DOW-UAP-D49, Launch Summary, Vandenberg AFB, 2000
Agency: Department of War
Incident date: 2/3/00
Page 51
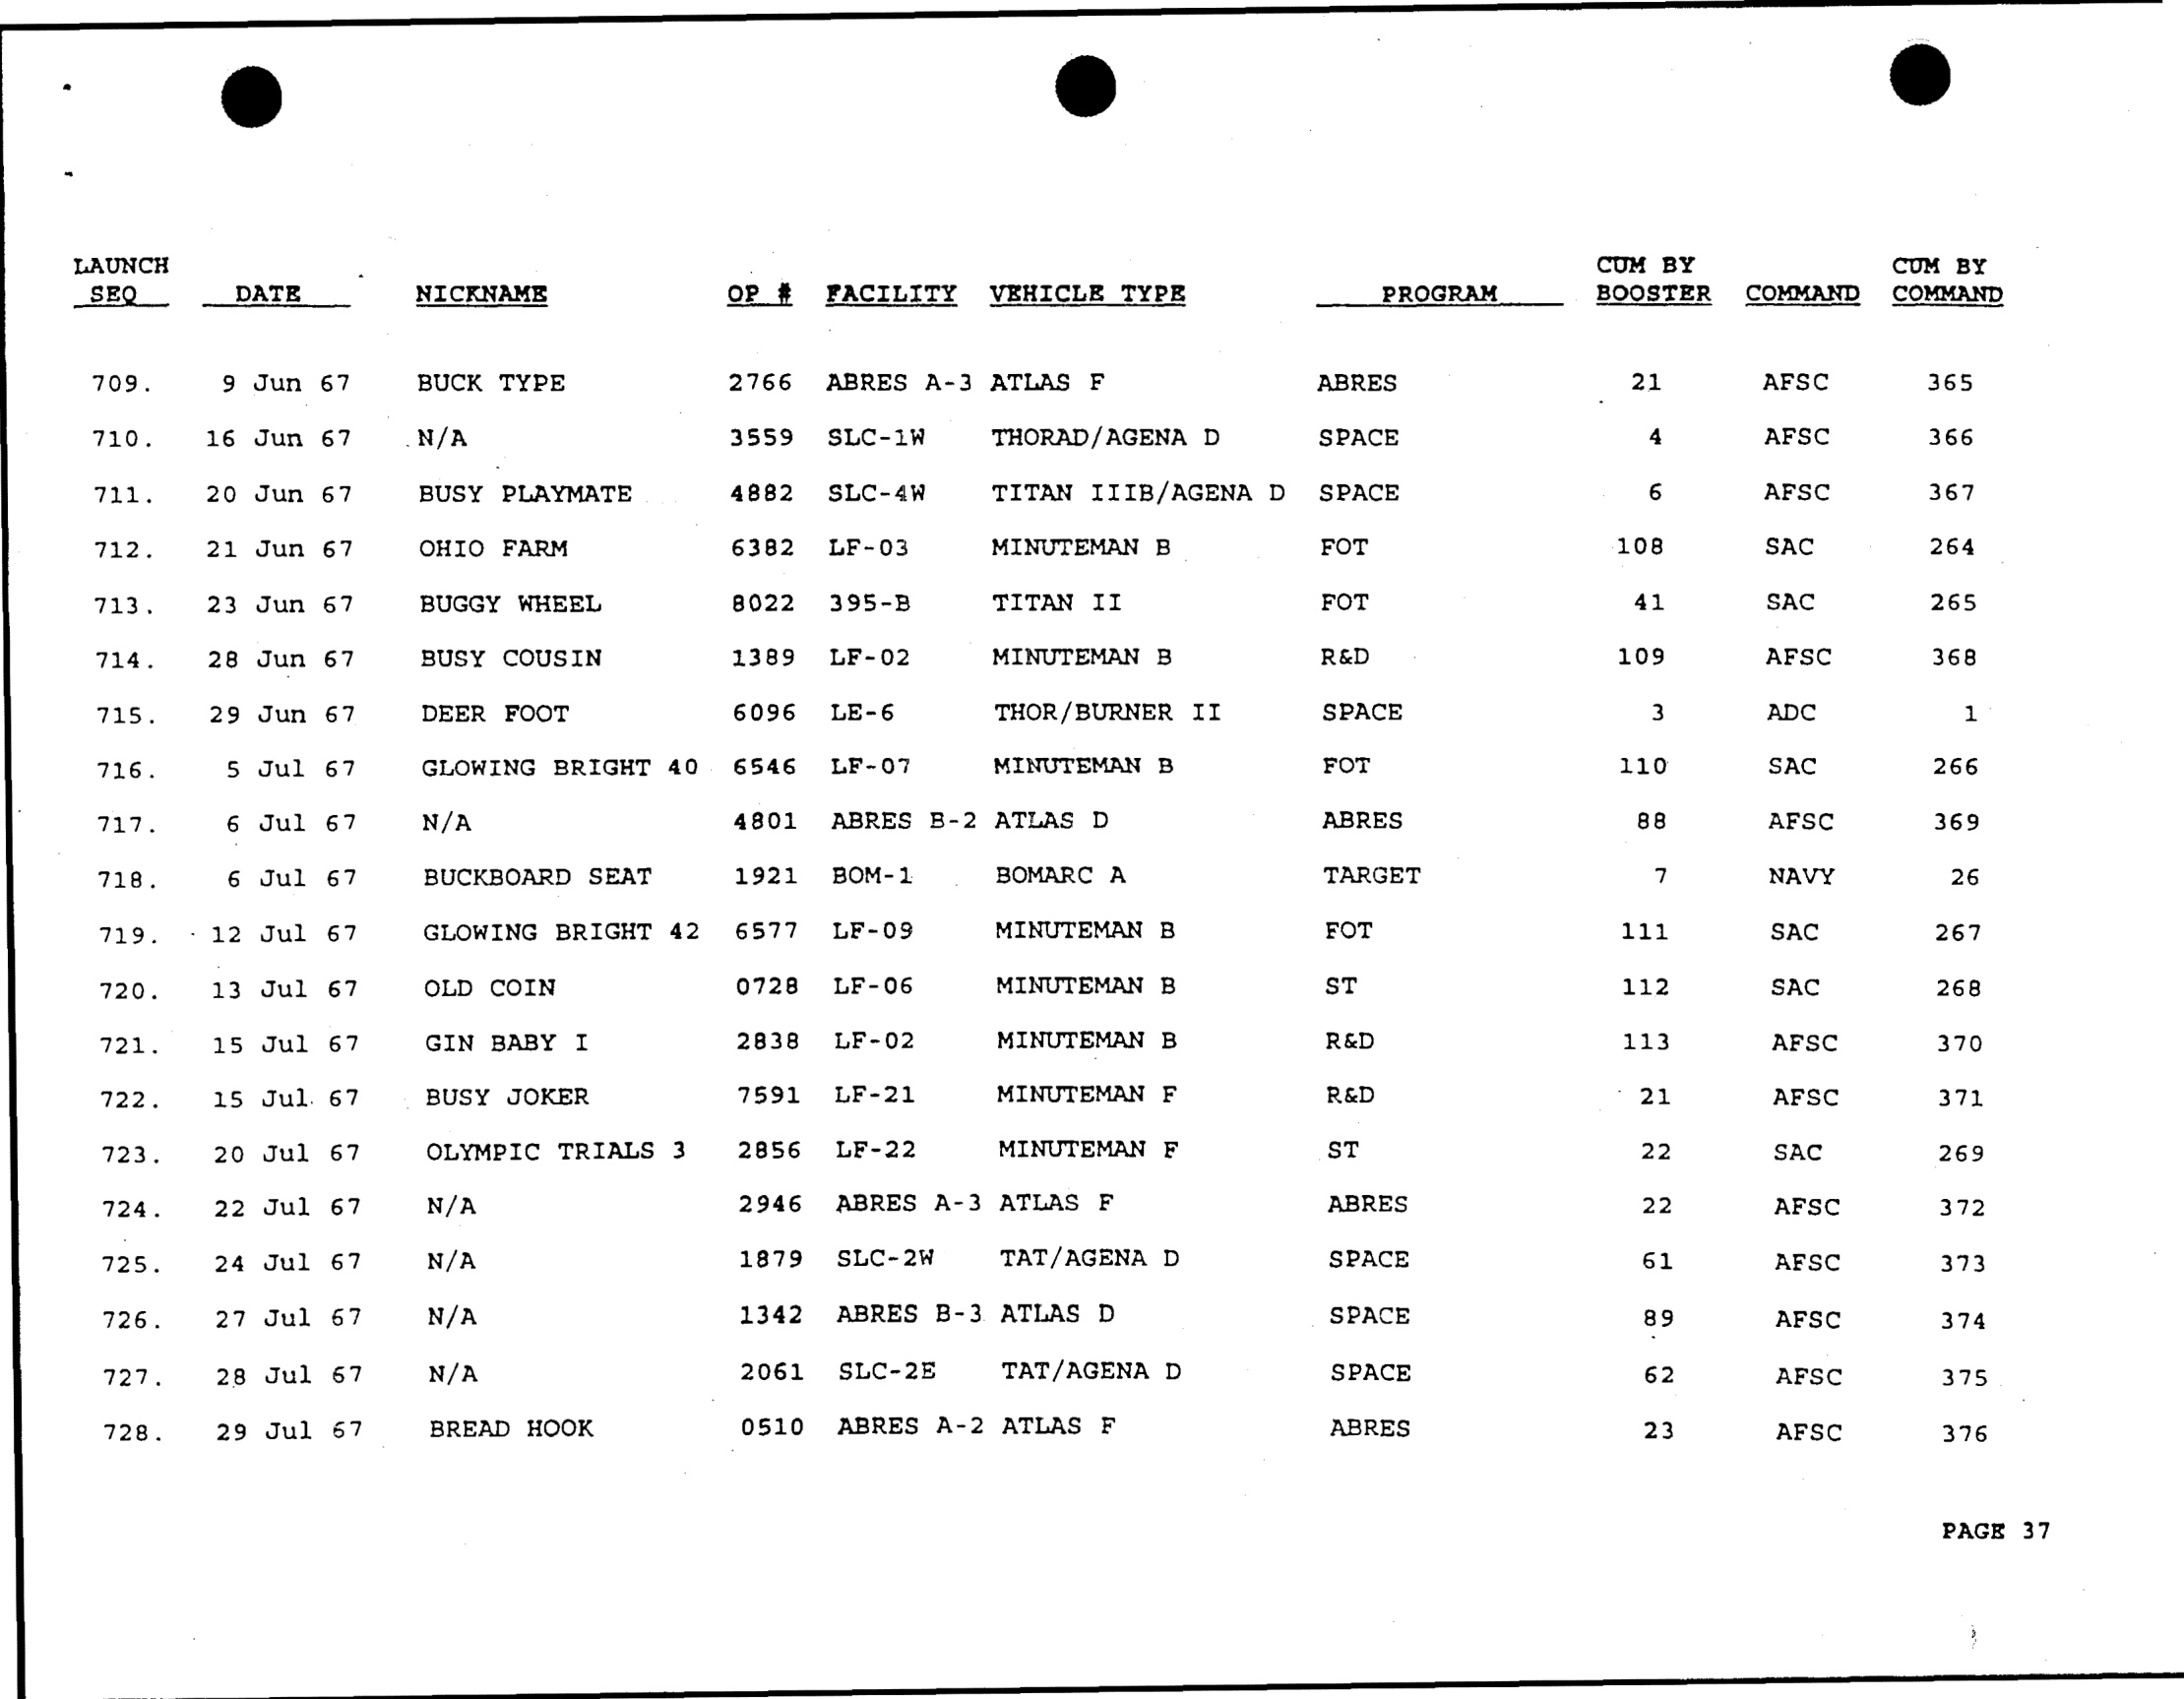